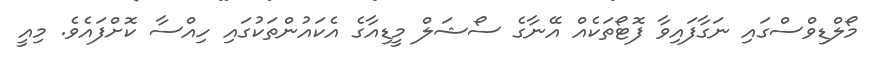
މޯލްޑިވްސްގައި ނަގާފައިވާ ފޮޓޯތަކެއް އޭނާގެ ސޯޝަލް މީޑިއާގެ އެކައުންތަކުގައި ހިއްސާ ކޮށްފައެވެ. މިއީ